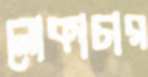
লোকাচার